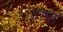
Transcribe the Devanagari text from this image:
टापा